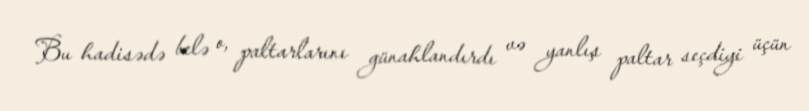
Bu hadisədə belə o, paltarlarını günahlandırdı və yanlış paltar seçdiyi üçün